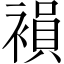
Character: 𧜘